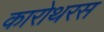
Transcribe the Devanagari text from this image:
कारोथरस